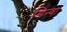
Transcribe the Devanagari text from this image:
मिन्वा